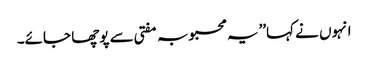
انہوں نے کہا’’یہ محبوبہ مفتی سے پوچھا جائے۔